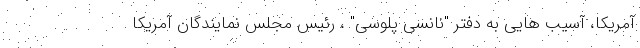
آمریکا، آسیب هایی به دفتر "نانسی پلوسی" ، رئیس مجلس نمایندگان آمریکا